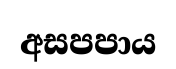
අසපපාය